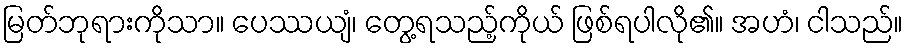
မြတ်ဘုရားကိုသာ။ ပေဿယျံ၊ တွေ့ရသည့်ကိုယ် ဖြစ်ရပါလို၏။ အဟံ၊ ငါသည်။